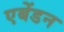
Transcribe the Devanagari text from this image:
एबेंडन